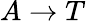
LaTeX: A\rightarrow T